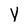
Character: y